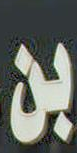
بن